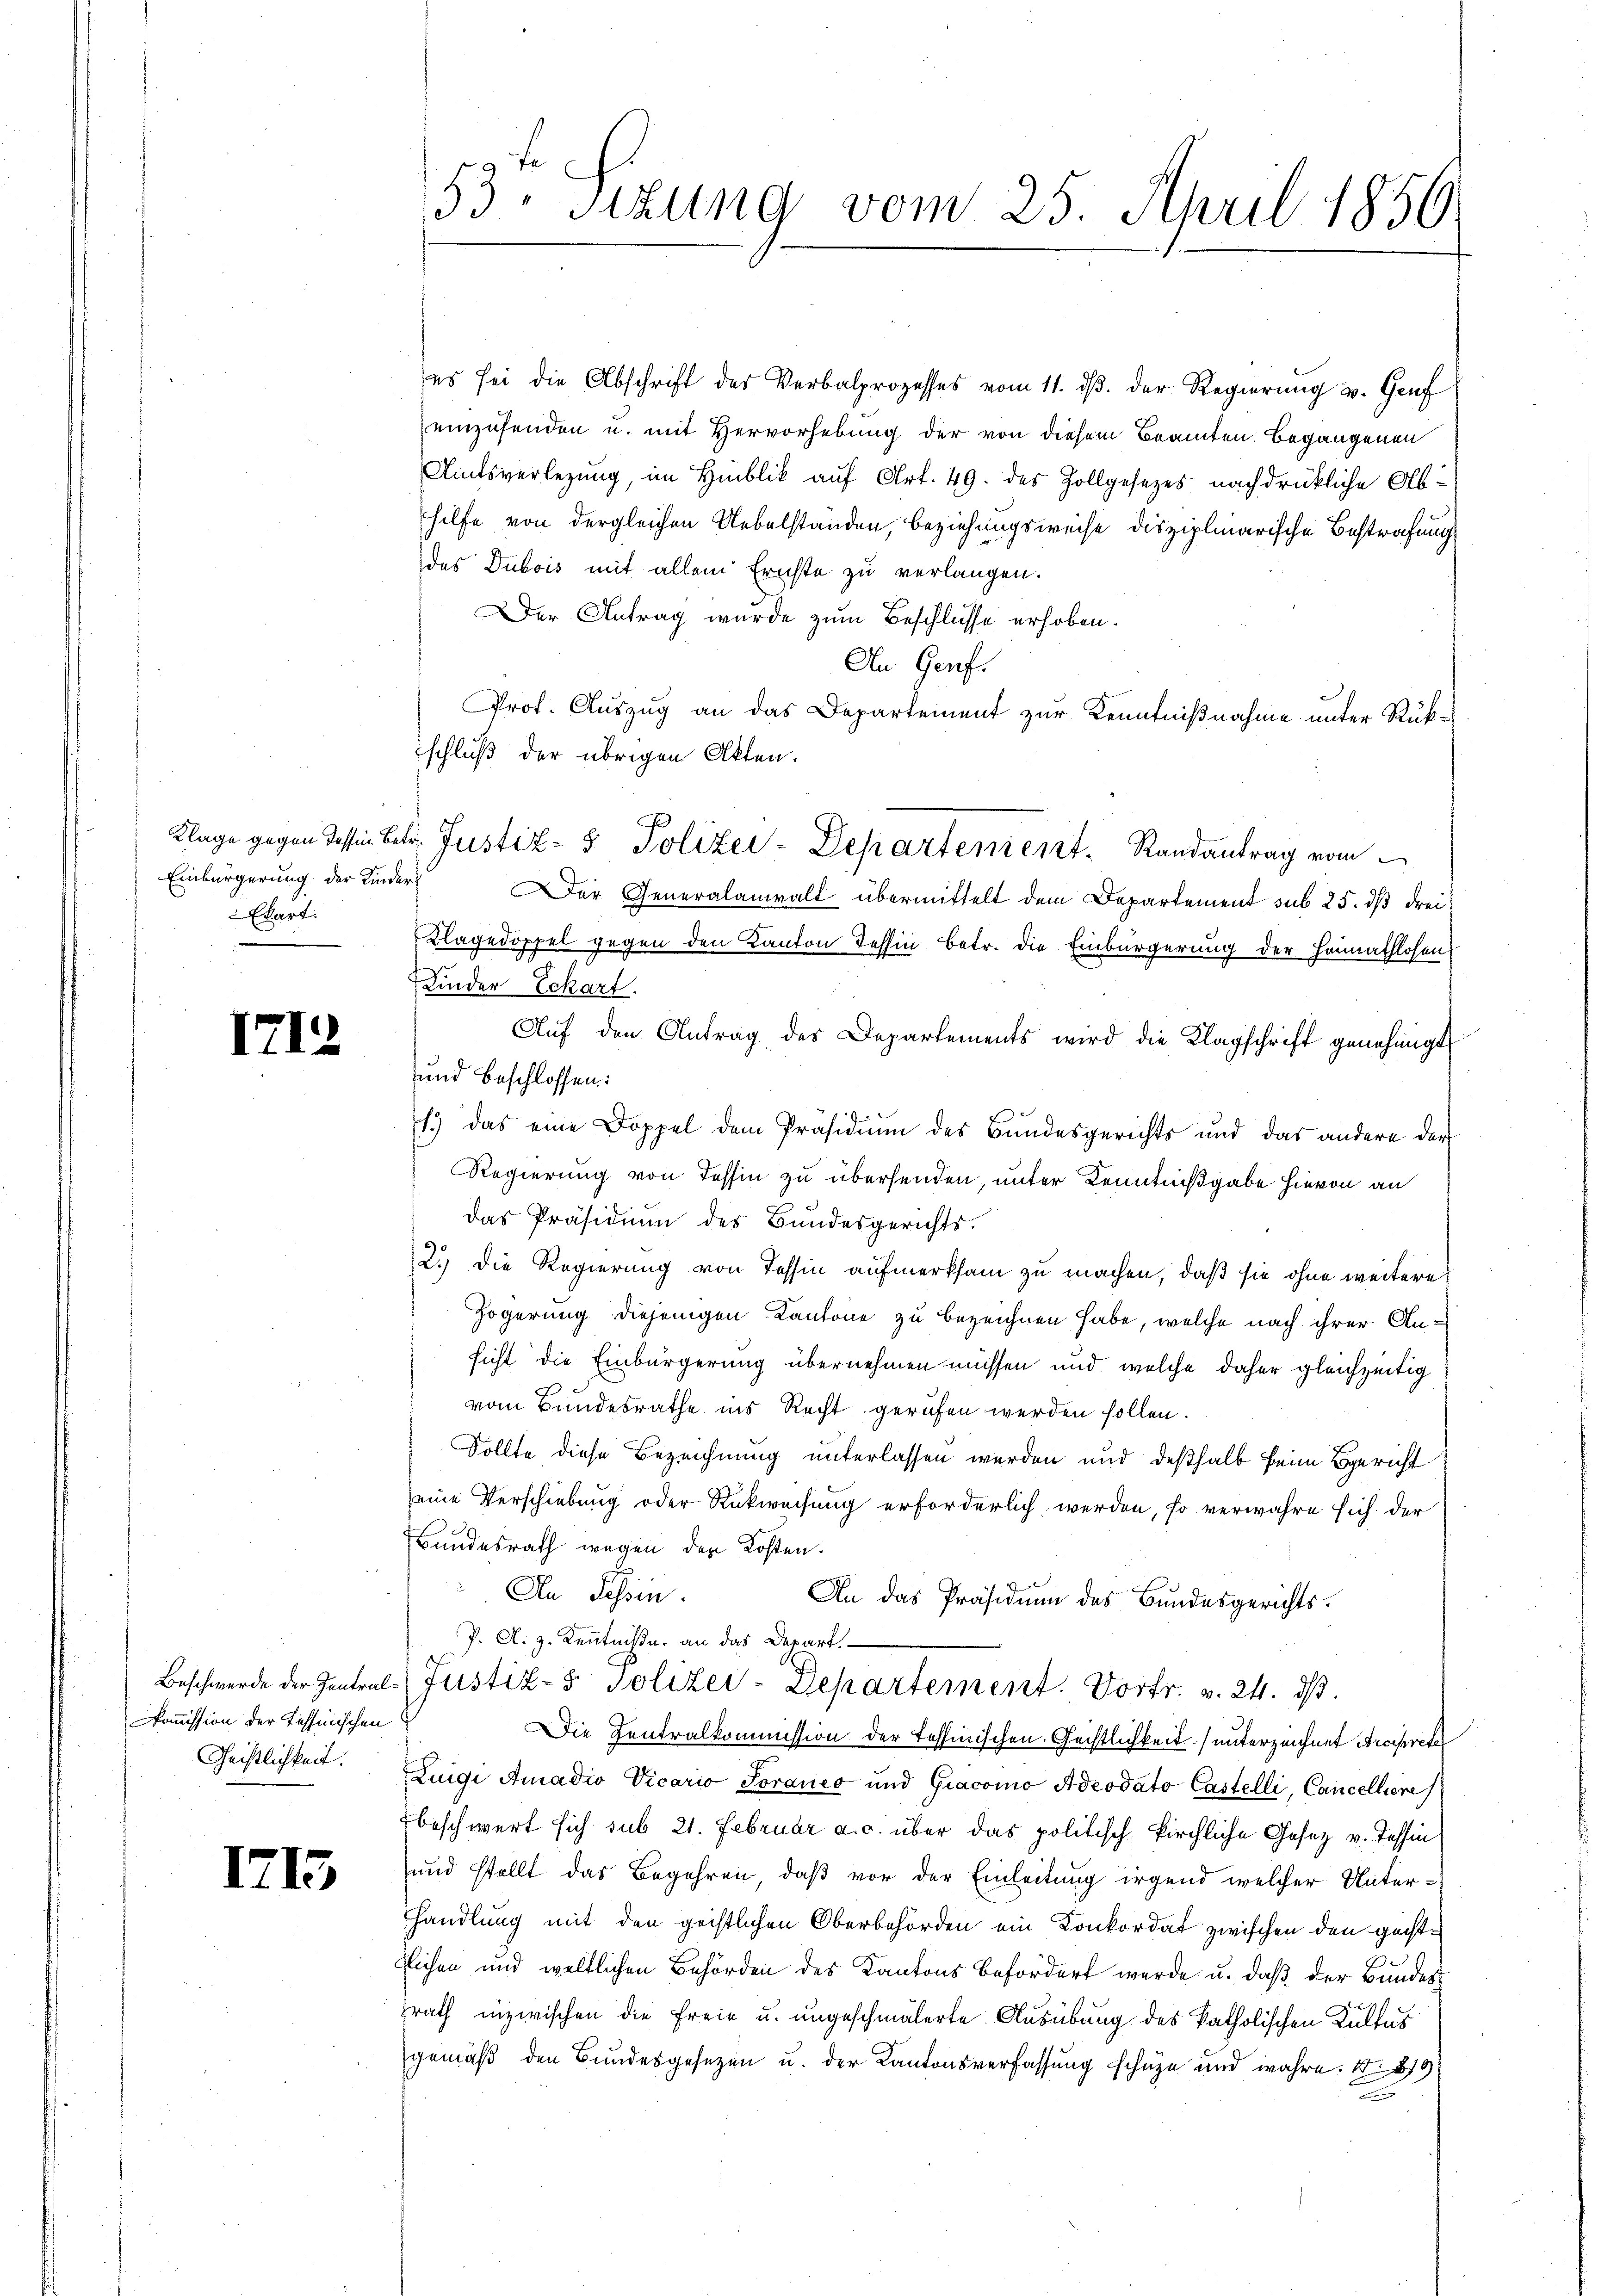
Einbürgerung der Kinder
Ebart.

1712

Kommission der Tessinischen
Geistlichkeit.

1715

es sei die Abschrift der Verbalprozesses vom 11. ds. der Regierung u. Genf
einzusenden u. mit Hervorhebung der von diesem Beamten Begangenen
Amtsverlegung, im Hiblik auf Art. 49. des Zollgesezes nachdrückliche Abhilfe von dergleichen Uebelstanden, beziehungsweise disziplinarische Bestrafung
das Dubois mit allem Ernste zu verlangen.
Der Antrag wurde zum Beschlüsse erhoben.
An Genf.
Prof. Auszug an das Departement zur Kenntnißnahme unter Rükschluß der übrigen Atten.
Klage gegen dessin betr. Justiz- & Polizei-Departement. Randantrag vom
er Generalanwalt übermittelt dem Departement sub 25. dß drei¬
Klagedoppel gegen den Kanton Tessin betr. die Einbürgerung der Heimathlosen
Kinder Eckart.
Aŭf den Antrag des Departements wird die Klagschrift genehmigt
und beschlossen:
1.) Das eine Doppel dem Präsidium des Bundesgerichts und das andere der
Regierung von Tessin zu übersenden, unter Kenntnißgabe hievon an
das Präsidium des Bundesgerichts.
2.) Die Regierung von Tessin aufmerksam zu machen, daß sie ohne weitere
Zögerung diejenigen Kantone zu bezeichnen habe, welche nach ihrer Ansicht die Einbürgerung übernehmen müssen und welche daher gleichzeitig
vom Bundesrathe ins Recht gerufen werden sollen.
Sollte diese Bezeichnung unterlassen werden und deßhalb beim Bericht
eine Verschiebung oder Rückweisung erforderlich werden, so verwahre sich der
Bundesrath wegen der Kosten.
An Schin
An das Präsidium des Bundesgerichts-
P. A. H. Kenntniße, an das Depart.
Beschwerde der Zentral-Justiz- & Polizei-Departement. Vortr. v. 24. dβ.
Die Zentralkommission der Tessinischen Geistlichkeit (unterzeichnet Arcipreter
Zuigi Amadio Vicario Toraneo und Giacomo Adeodato Castelli, Cancelliere
beschwert sich sub 21. Februar a. c. über das politische kirchliche Gesetz v. Tessin
und stellt das Begehren, daß vor der Einleitung irgend welcher Unterhandlung mit den geistlichen Oberbehörden ein Konkordat zwischen den geistblichen und weltlichen Behörden des Kantons befördert werde u. daß der Bundes
zrath inzwischen die Freie u. ungeschmälerte Ausübung des katholischen Kultus
gemäß den Bundesgesezen u. der Kantonsverfassung schäze und wahre. S. 819

53 sizung vom 25. April 1856.